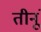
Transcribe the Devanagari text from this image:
तीनूं